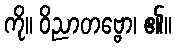
ကို။ ဝိညာတဗ္ဗော၊ ၏။